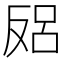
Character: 𱑻